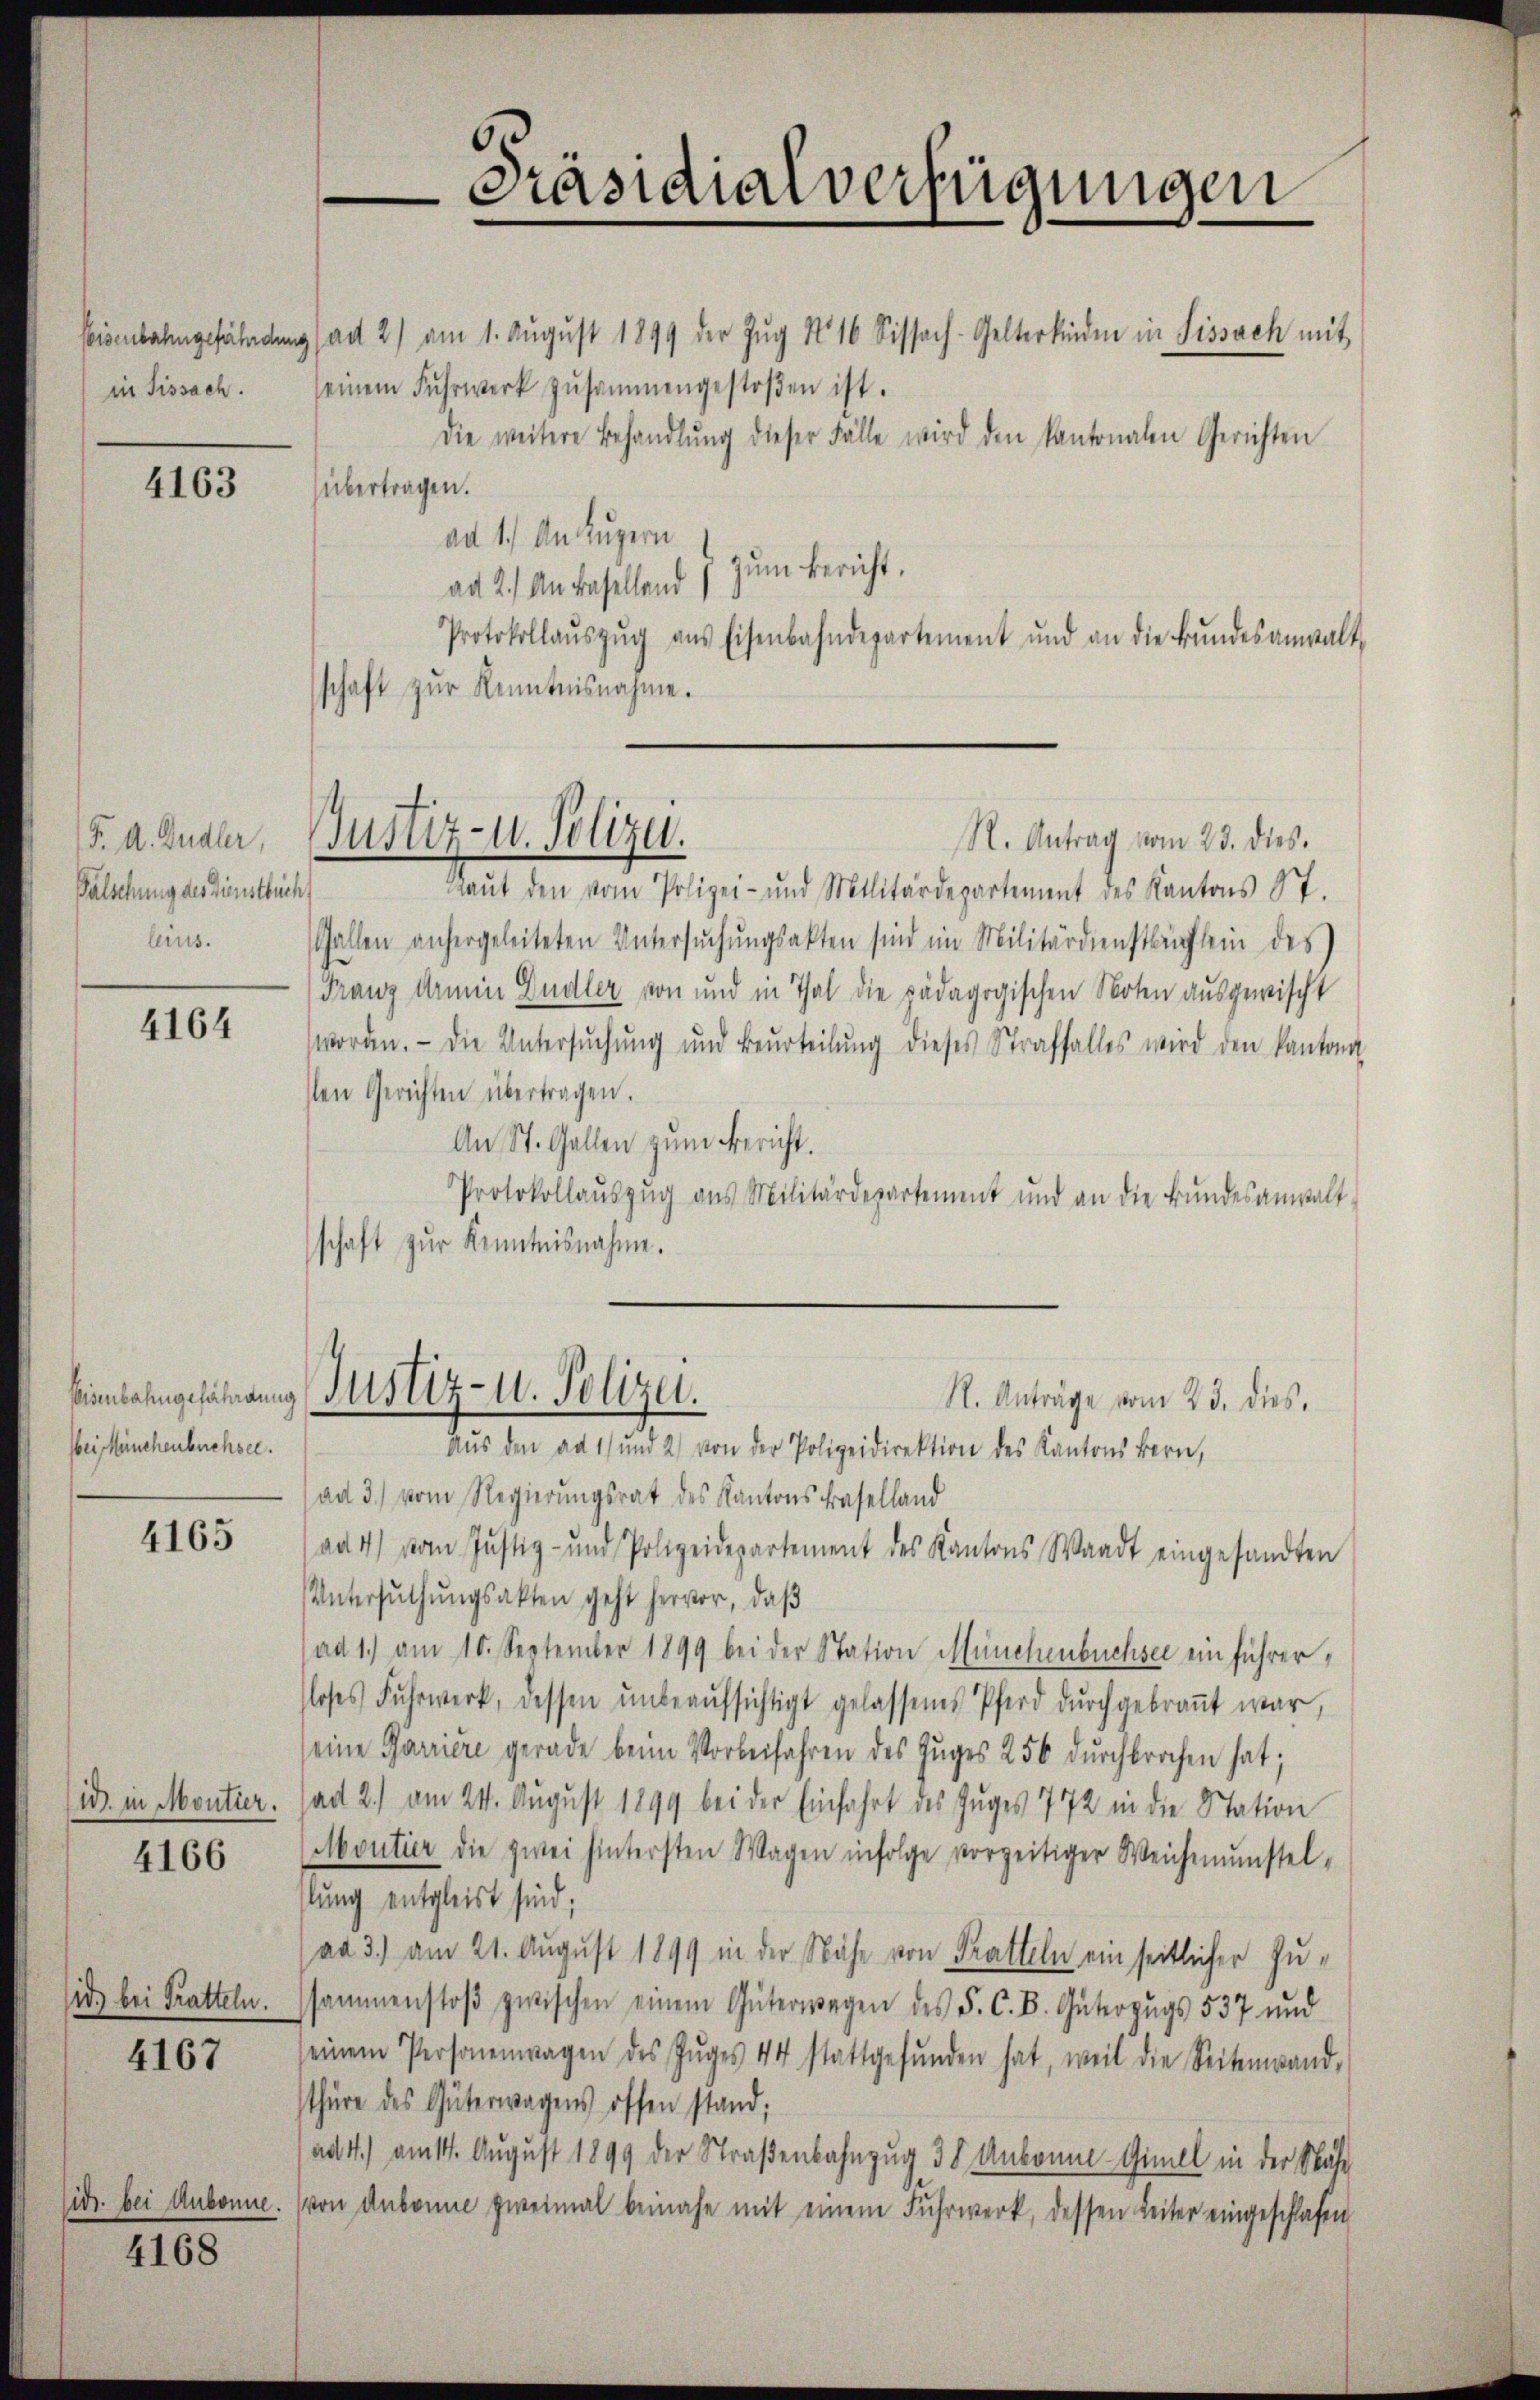
Eeisenbahngefährden.
in fissach.

4163

(F. A. Dudler,
Fälschung des Dienstbuch.
leius.

4164

beieinchenbuchsee.

4165

(i. in Moutier.

4166

id, bei Tratteln.

4167

4168

seinem Fuhrwerk zusammengestoβen ist.
Die weitere Behandlŭng dieser Fälle wird den Kantonalen Gerichten
übertragen.
ad 1.) An Luzern
zum Bericht.
ad 2.) An besellend
Protokollaŭszŭg aŭs Eisenbahndepartement und an die Bŭndesanwalt,
schaft zur Kenntnisnahme.

Justiz- u. Polizei.

Präsidialverfügungen
g ad 2) am 1. Aŭgŭst 1899 der Zŭg No 16 Sissach-Gelterkinden in Sissach mit

Bienbahngefährdung Justiz- u. Polizei.

R. Antrag vom 23. dies
Raŭt den vom Polizei- und Militärdepartement des Kantons St.
Gallen anhergeleiteten Untersŭchŭngsakten sind im Militärdienstbüchlein des
Franz Armin Gudler von und in Thal die pädagogischen Noten ausgewischt
worden. - Die Untersŭchŭng und Beurteilŭng dieses Straffalles wird den kantona
sten Gerichten übertragen.
An St. Gallen zum Bericht.
Protokollaŭszŭg ans Militärdepartement und an die Bŭndesanwalt-
schaft zŭr Kenntnisnahme.

R. Anträge vom 23. dies
Aus den ad 1) und 2) von der Polizeidirektion des Kantons Bern,
ad 3. vom Regierungsrat des Kantons Baselland
(ad 4) vom Justiz- und Polizeidepartement des Kantons Waadt eingesandten
Untersŭchŭngsakten geht hervor, daß
ad 1.) am 10. September 1899 bei der Station Münchenbuchsee ein führer,
sloses Fuhrwerk, dessen ŭnbeaŭfsichtigt gelassenes Pferd dŭrchgebraṅt war,
seine Parriere gerade beim Vorbeifahren des Zuges 256 durchbrochen hat;
ad 2.) am 24. August 1899 bei der Einfahrt des Zuges 772 in die Station
Moutier die zwei hintersten Wagen infolge vorzeitiger Weichmŭnstel-
slung entgleist sind.
ad 3.) am 21. August 1899 in der Nähe von Kratteln ein seitlicher Zussammenstoβ zwischen einem Güterwegen des F. C. B. Güterzŭgs 537 und
einem Personenwagen des Zŭges 44 stattgefŭnden hat, weil die Seitenwand-
thüre des Güterwagens offen stand;
ad 4.) am 14. August 1899 der Straßenbahnzug 30 Ankone-Gimel in der Nähe
sich bei Aubonne. (von Aubonne zweimal beinahe mit einem Fuhrwerk, dessen Leiter eingeschlafen